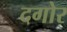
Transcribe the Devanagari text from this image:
दगोर